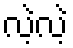
လဲ့လဲ့